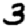
Digit: 3